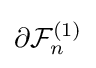
\partial {\mathcal {F}}_{n}^{(1)}